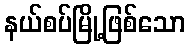
နယ်စပ်မြို့ဖြစ်သော